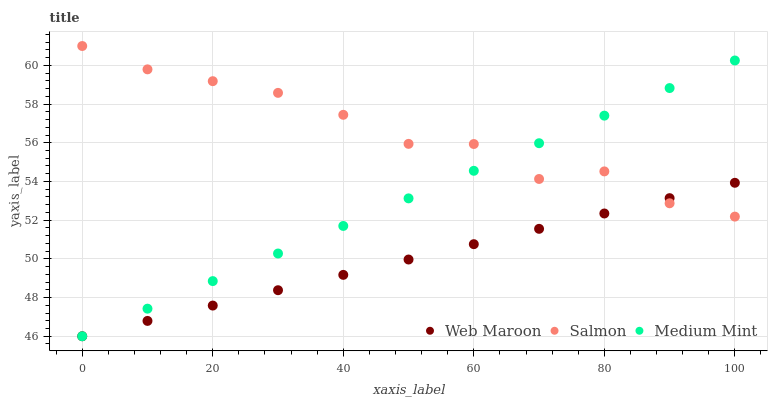
| xaxis_label | Web Maroon | Salmon | Medium Mint |
 | --- | --- | --- | --- |
 | 0 | 46 | 61 | 46 |
 | 10 | 46.8 | 59.8 | 47.4 |
 | 20 | 47.6 | 59.2 | 48.9 |
 | 30 | 48.4 | 58.6 | 50.3 |
 | 40 | 49.2 | 57.4 | 51.7 |
 | 50 | 50 | 55.9 | 53.1 |
 | 60 | 50.8 | 55.9 | 54.6 |
 | 70 | 51.6 | 54.1 | 56 |
 | 80 | 52.3 | 54.5 | 57.4 |
 | 90 | 53.1 | 52.9 | 58.8 |
 | 100 | 53.9 | 52.2 | 60.3 |